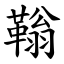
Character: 䩺